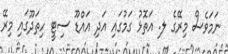
ނަމަވެސް މިރޭގެ ލ. އަތޮޅު ގަމުގައި އަދި އައްޑޫ ސިޓީ ހިތަދޫގައި މިރޭ